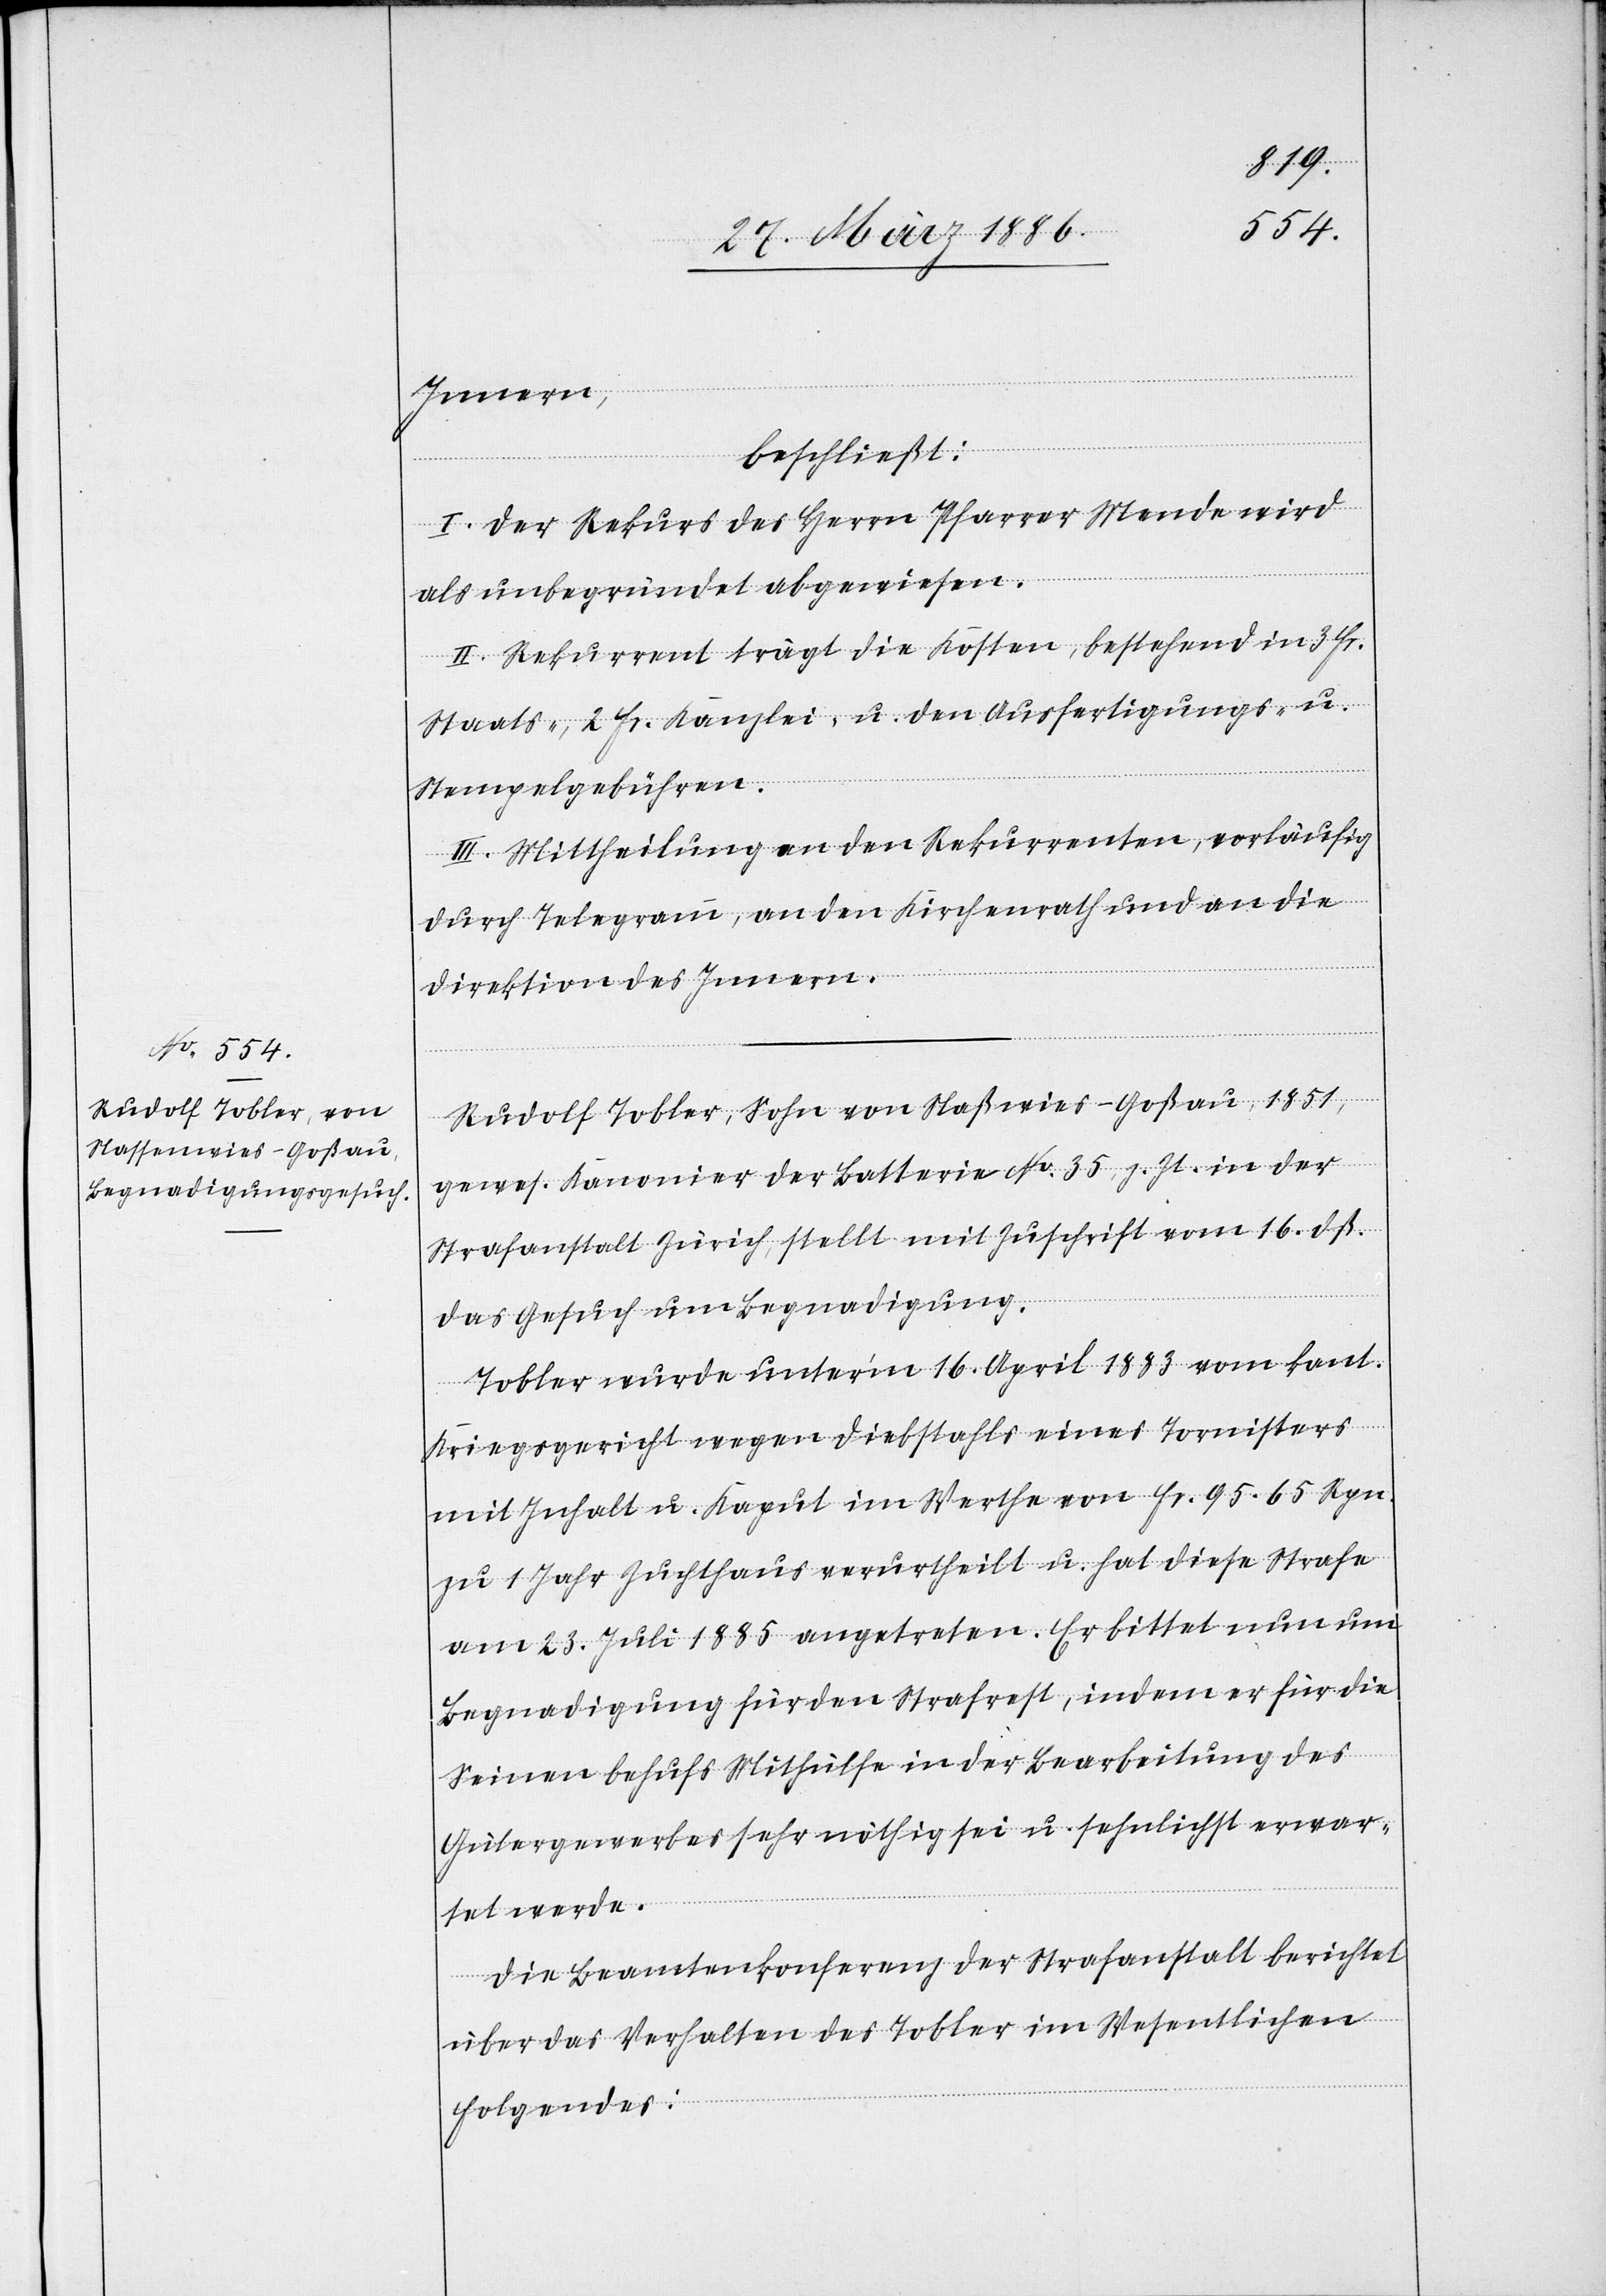
Innern,
beschließt:
I. Der Rekurs des Herrn Pfarrer Mende wird
als unbegründet abgewiesen.
II. Rekurrent trägt die Kosten, bestehend in 3 Fr.
Staats-, 2 Fr. Kanzlei- u. den Ausfertigungs- u.
Stempelgebühren.
III. Mittheilung an den Rekurrenten, vorläufig
durch Telegramm, an den Kirchenrath und an die
Direktion des Innern.
Rudolf Tobler, Sohn von Naßwies - Goßau, 1851,
gewes. Kanonier der Batterie No. 35, z. Zt. in der
Strafanstalt Zürich, stellt mit Zuschrift vom 16. dß.
das Gesuch um Begnadigung.
Tobler wurde unter’m 16. April 1883 vom kant.
Kriegsgericht wegen Diebstahls eines Tornisters
mit Inhalt u. Kaput im Werthe von Fr. 95.65 Rpn.
zu 1 Jahr Zuchthaus verurtheilt u. hat diese Strafe
am 23. Juli 1885 angetreten. Er bittet nun um
Begnadigung für den Strafrest, indem er für die
Seinen behufs Mithülfe in der Bearbeitung des
Gülergewerbes sehr nöthig sei u. sehnlichst erwar¬
tet werde.
Die Beamtenkonferenz der Strafanstalt berichtet
über das Verhalten des Tobler im Wesentlichen
Folgendes: